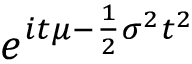
\! \, e ^ { i t \mu - { \frac { 1 } { 2 } } \sigma ^ { 2 } t ^ { 2 } }